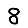
Digit: 8